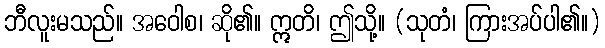
ဘီလူးမသည်။ အဝေါစ၊ ဆို၏။ ဣတိ၊ ဤသို့။ (သုတံ၊ ကြားအပ်ပါ၏။)